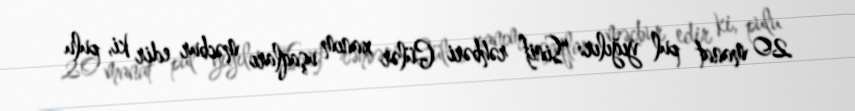
20 manat pul yığılır: “Sinif rəhbəri Gülər xanım uşaqları məcbur edir ki, pulu